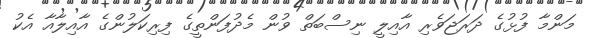
މަންމާ ފުޅުގެ ދަރަޖަވެރި އާއިލީ ނިސްބަތް ވުން މެދުފަންތީގެ ފިރިކަލުންގެ އާއިލާއާ އެކު